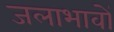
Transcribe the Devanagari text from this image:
जलाभावों